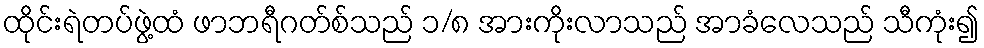
ထိုင်းရဲတပ်ဖွဲ့ထံ ဖာဘရီဂတ်စ်သည် ၁/၈ အားကိုးလာသည် အာခံလေသည် သီကုံး၍